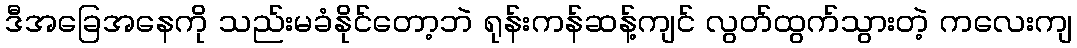
ဒီအခြေအနေကို သည်းမခံနိုင်တော့ဘဲ ရုန်းကန်ဆန့်ကျင် လွတ်ထွက်သွားတဲ့ ကလေးကျ